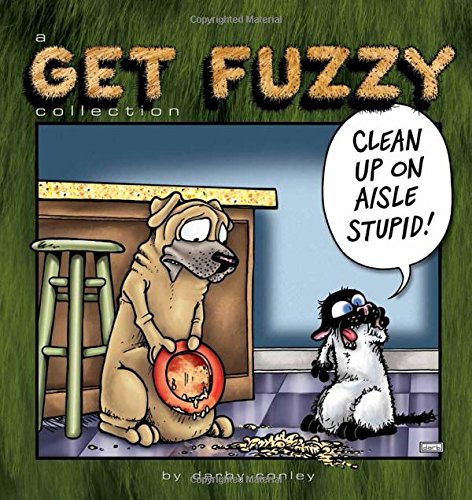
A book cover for Clean Up on Aisle Stupid: A Get Fuzzy Collection; Darby Conley; Comics & Graphic Novels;